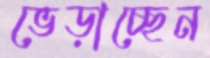
ভেড়াচ্ছেন